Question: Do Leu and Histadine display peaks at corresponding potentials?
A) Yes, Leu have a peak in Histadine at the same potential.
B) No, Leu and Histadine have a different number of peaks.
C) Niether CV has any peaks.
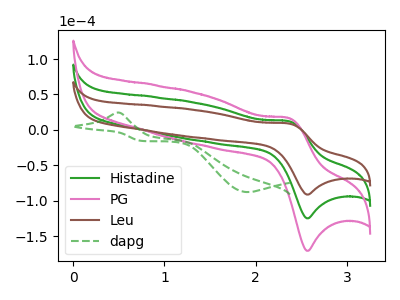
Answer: <think>The green curve "Histadine" has an anodic peak at (2.35V, 12.10uA) and a cathodic peak at (2.55V, -124.95uA). The pink curve "PG" has an anodic peak at (2.35V, 24.20uA) and a cathodic peak at (2.55V, -249.90uA). The brown curve "Leu" has an anodic peak at (2.35V, 8.85uA) and a cathodic peak at (2.55V, -91.40uA). The green dashed curve "dapg" has an anodic peak at (0.50V, 24.40uA) and a cathodic peak at (1.90V, -87.90uA).</think>
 <answer>A) Yes, "Leu" have a peak in "Histadine" at the same potential.</answer>
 <eval>A</eval>